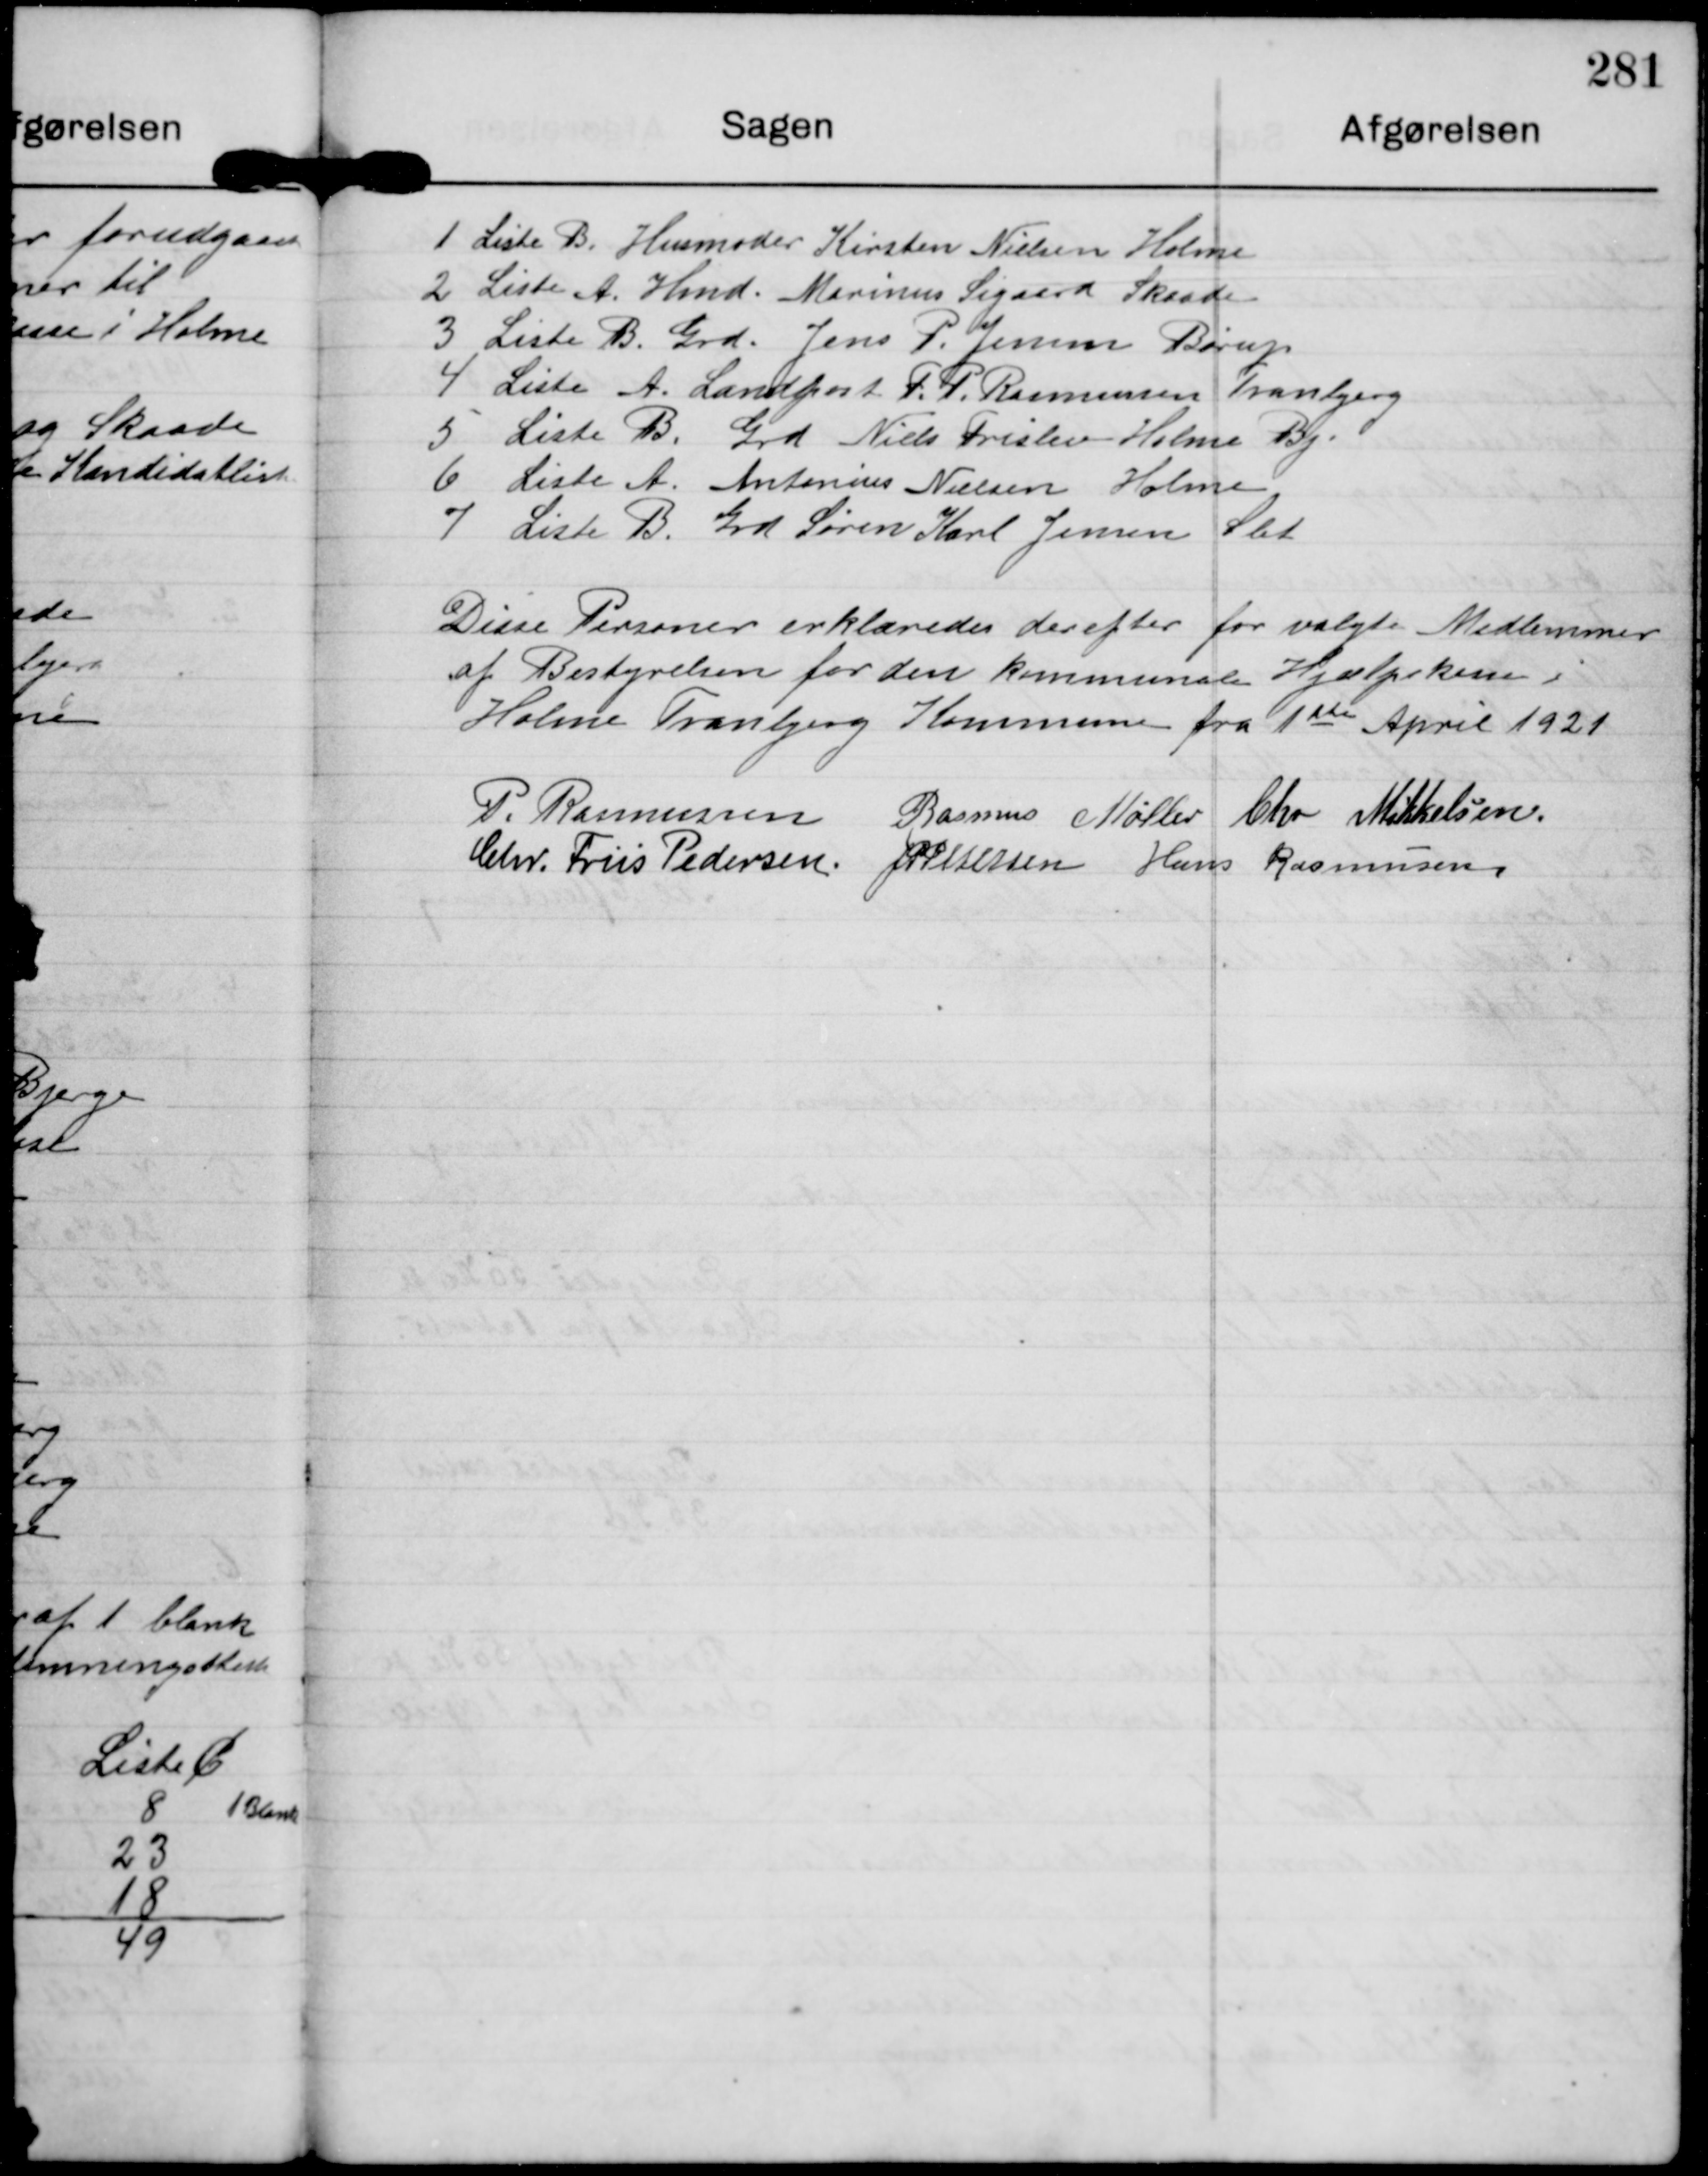
Transskription:
1 Liste B. Husmoder Kirsten Nielsen Holme
2 Liste A. Hmd. Marinus Sigaard Skaade
3 Liste B. Grd. Jens P. Jensen Børup
4 Liste A. Landpost F. P. Rasmussen Tranbjerg
5. Liste B. Grd Niels Frislev Holme By.
6 Liste A. Antonius Nielsen Holme
7 Liste B. Grd. Søren Karl Jensen Slet

Disse Personer erklæredes derefter for valgte Medlemmer
af Bestyrelsen for den kommunale Hjælpskasse i
Holme Tranbjerg Kommune fra 1ste April 1921

P. Rasmussen Rasmus Møller Chr Mikkelsen
Chr. Friis Pedersen J P Pedersen Hans Rasmussen